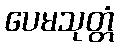
ပေမသုတ္တံ